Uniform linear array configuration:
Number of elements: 8
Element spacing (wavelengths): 0.25
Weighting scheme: kaiser
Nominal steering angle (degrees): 45
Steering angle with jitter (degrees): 45.519
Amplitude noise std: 0.05
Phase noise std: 0.05

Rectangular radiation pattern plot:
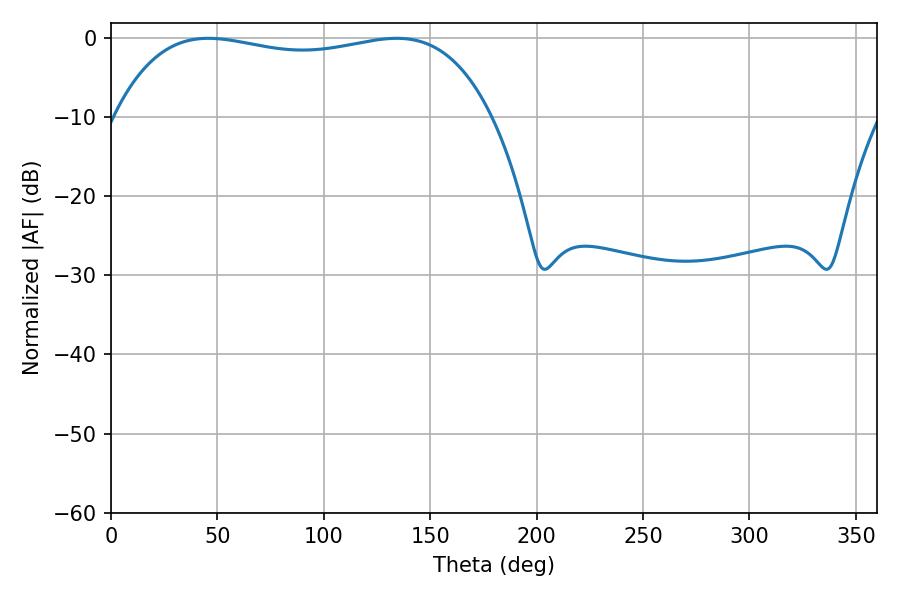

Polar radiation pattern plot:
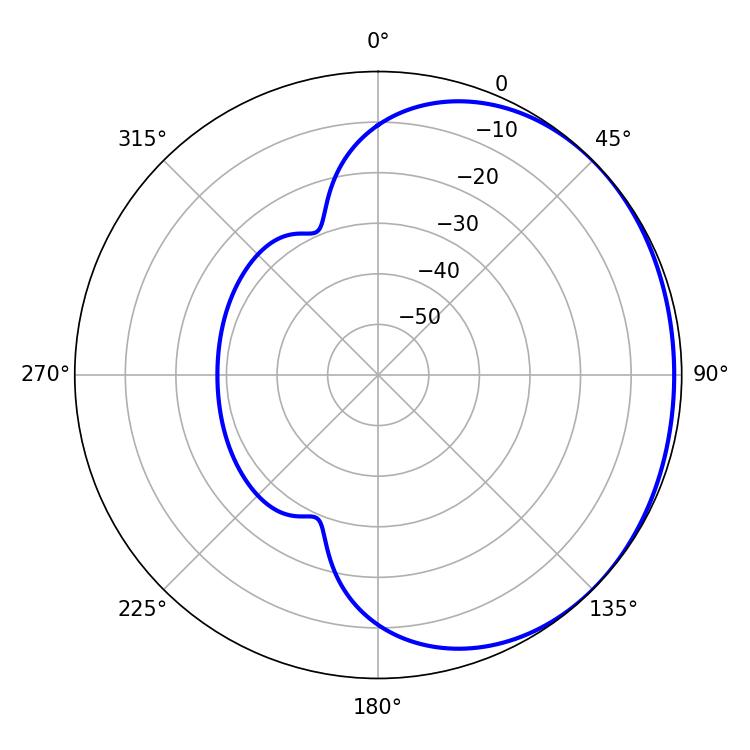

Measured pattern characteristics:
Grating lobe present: FALSE
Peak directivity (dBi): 0.9127
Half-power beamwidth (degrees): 142.92
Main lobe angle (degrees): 45.72